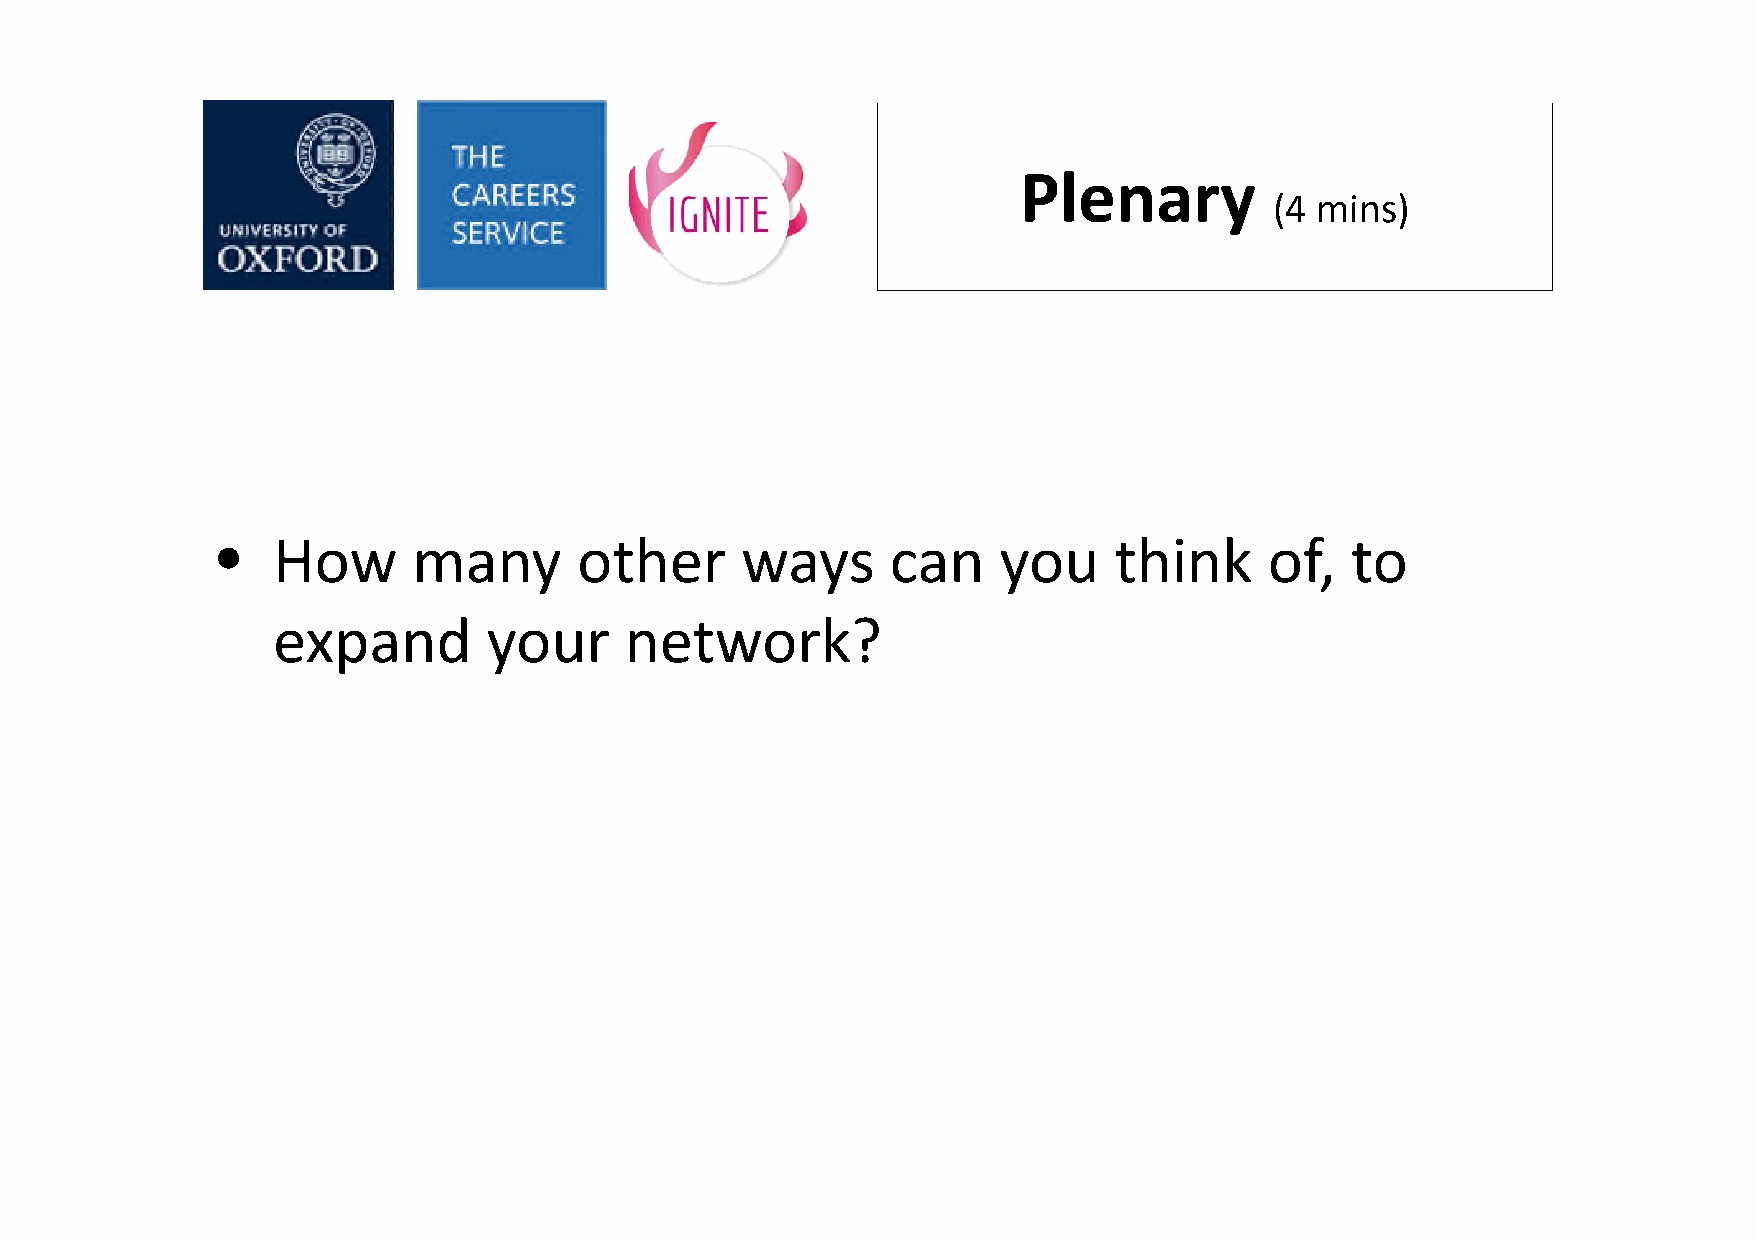
Plenary
 (4 mins)
 •   How      many       other      ways      can    you     think     of,  to
 expand        your     network?